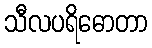
သီလပရိဓောတာ